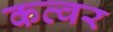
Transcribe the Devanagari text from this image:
कव्वर